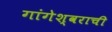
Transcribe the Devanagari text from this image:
गांगेश्वराची